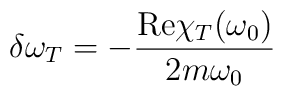
\delta\omega_T = -\frac{{\rm Re}\chi_T(\omega_0)}{2 m \omega_0}